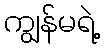
ကျွန်မရဲ့